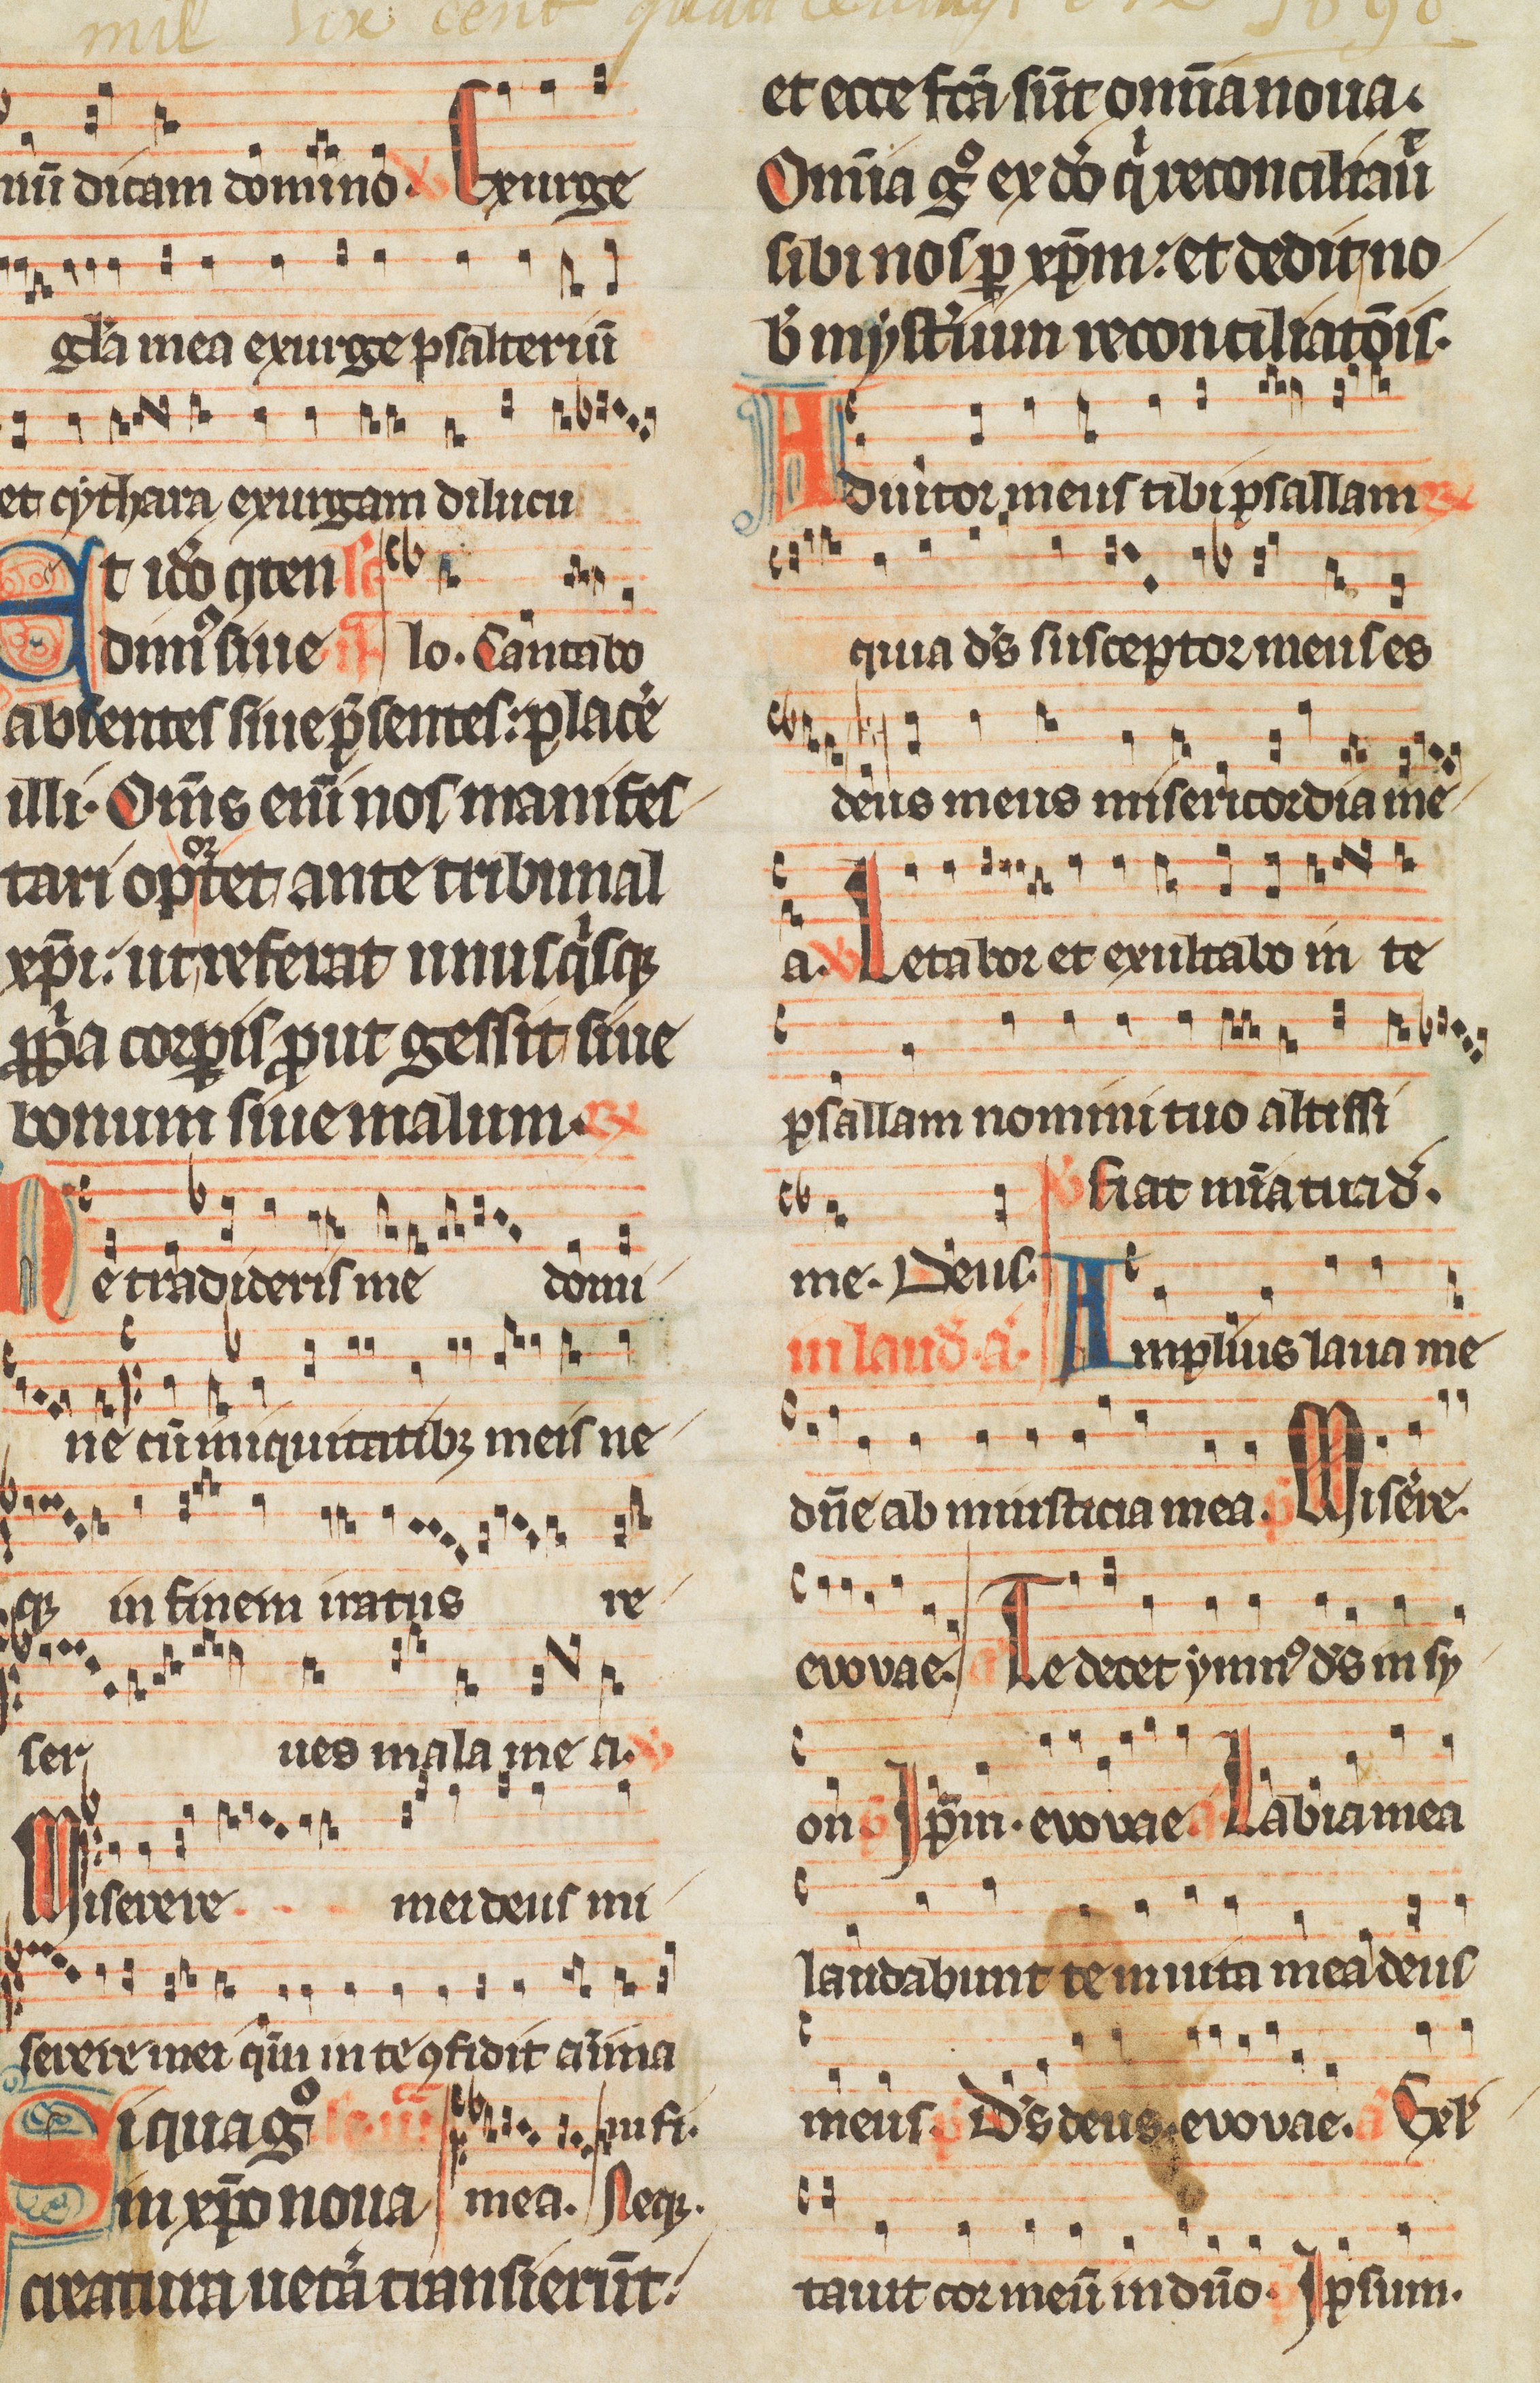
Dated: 1300–1349